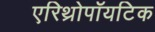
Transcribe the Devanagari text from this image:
एरिथ्रोपॉयटिक